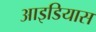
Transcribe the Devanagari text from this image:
आइडियास